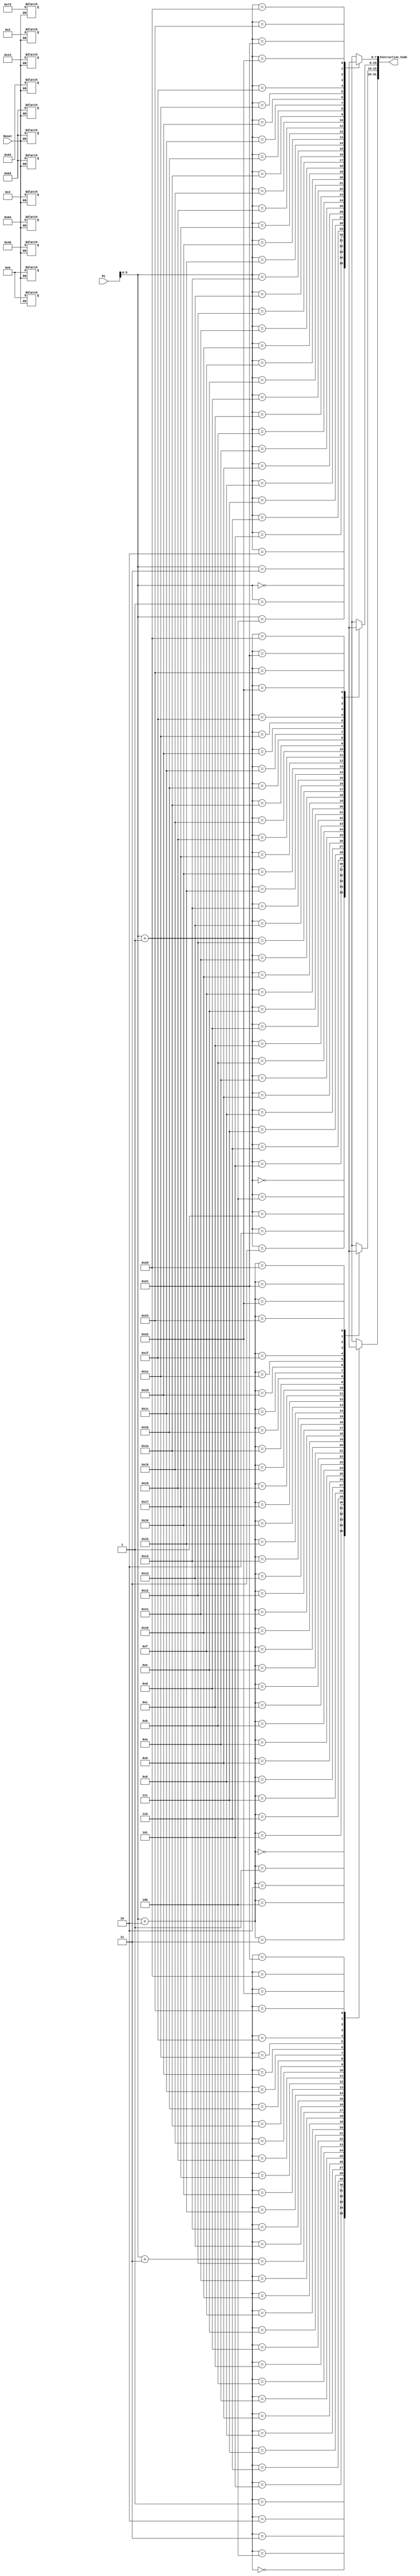
`timescale 1ns / 1ps
//////////////////////////////////////////////////////////////////////////////////
// Company: 
// Engineer: 
// 
// Design Name: 
// Module Name: Instruction_Memory
// Project Name: 
// Target Devices: 
// Tool Versions: 
// Description: 
// 
// Dependencies: 
// 
// Revision:
// Revision 0.01 - File Created
// Additional Comments:
// 
//////////////////////////////////////////////////////////////////////////////////


module Instruction_Memory(PC,Reset,Instruction_Code);
input [31:0]PC;
input Reset;
output [31:0] Instruction_Code;

reg [7:0]Mem[35:0]; // Each location is 8 bits, and 36 such locations exist

assign Instruction_Code = {Mem[PC+3],Mem[PC+2],Mem[PC+1],Mem[PC]};

always@(Reset)
begin
if (Reset == 0)
    begin
    Mem[3] = 8'h00; Mem[2] = 8'h73; Mem[1] = 8'h02; Mem[0] = 8'hb3;  // add t0,t1,t2
    Mem[7] = 8'h40; Mem[6] = 8'h94; Mem[5] = 8'h03; Mem[4] = 8'hb3;  // sub t2,s0,s1
    Mem[11] = 8'h00; Mem[10] = 8'h64; Mem[9] = 8'h14; Mem[8] = 8'hb3;  // sll s1,s0,t1
//    Mem[7] = 8'h01; Mem[6] = 8'hc3; Mem[5] = 8'he4; Mem[4] = 8'h33;  // or s0,t0,t1
//    Mem[11] = 8'h00; Mem[10] = 8'h73; Mem[9] = 8'h14; Mem[8] = 8'hb3;  // sll s1,t1,t2
//    Mem[15] = 8'h41; Mem[14] = 8'hc9; Mem[13] = 8'h89; Mem[12] = 8'h33;  // sub s2,s3,t3
//    Mem[19] = 8'h01; Mem[18] = 8'hde; Mem[17] = 8'h73; Mem[16] = 8'h33;  // and t1,t3,t4
//    Mem[23] = 8'h00; Mem[22] = 8'h7e; Mem[21] = 8'h5e; Mem[20] = 8'h33;  // srl t3,t3,t2
    
    end
end
endmodule